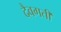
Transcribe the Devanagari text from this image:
दैवगती